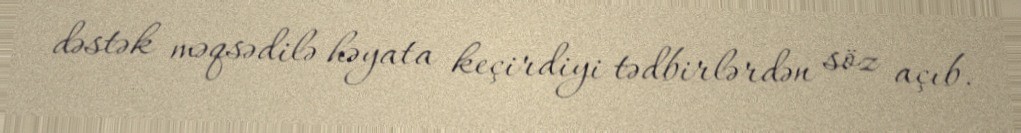
dəstək məqsədilə həyata keçirdiyi tədbirlərdən söz açıb.